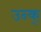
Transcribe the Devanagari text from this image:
उन्क्